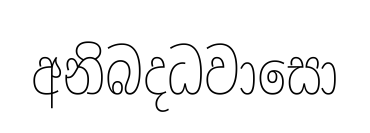
අනිබදධවාසො